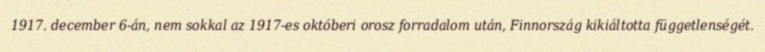
1917. december 6-án, nem sokkal az 1917-es októberi orosz forradalom után, Finnország kikiáltotta függetlenségét.